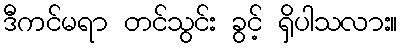
ဒီကင်မရာ တင်သွင်း ခွင့် ရှိပါသလား။